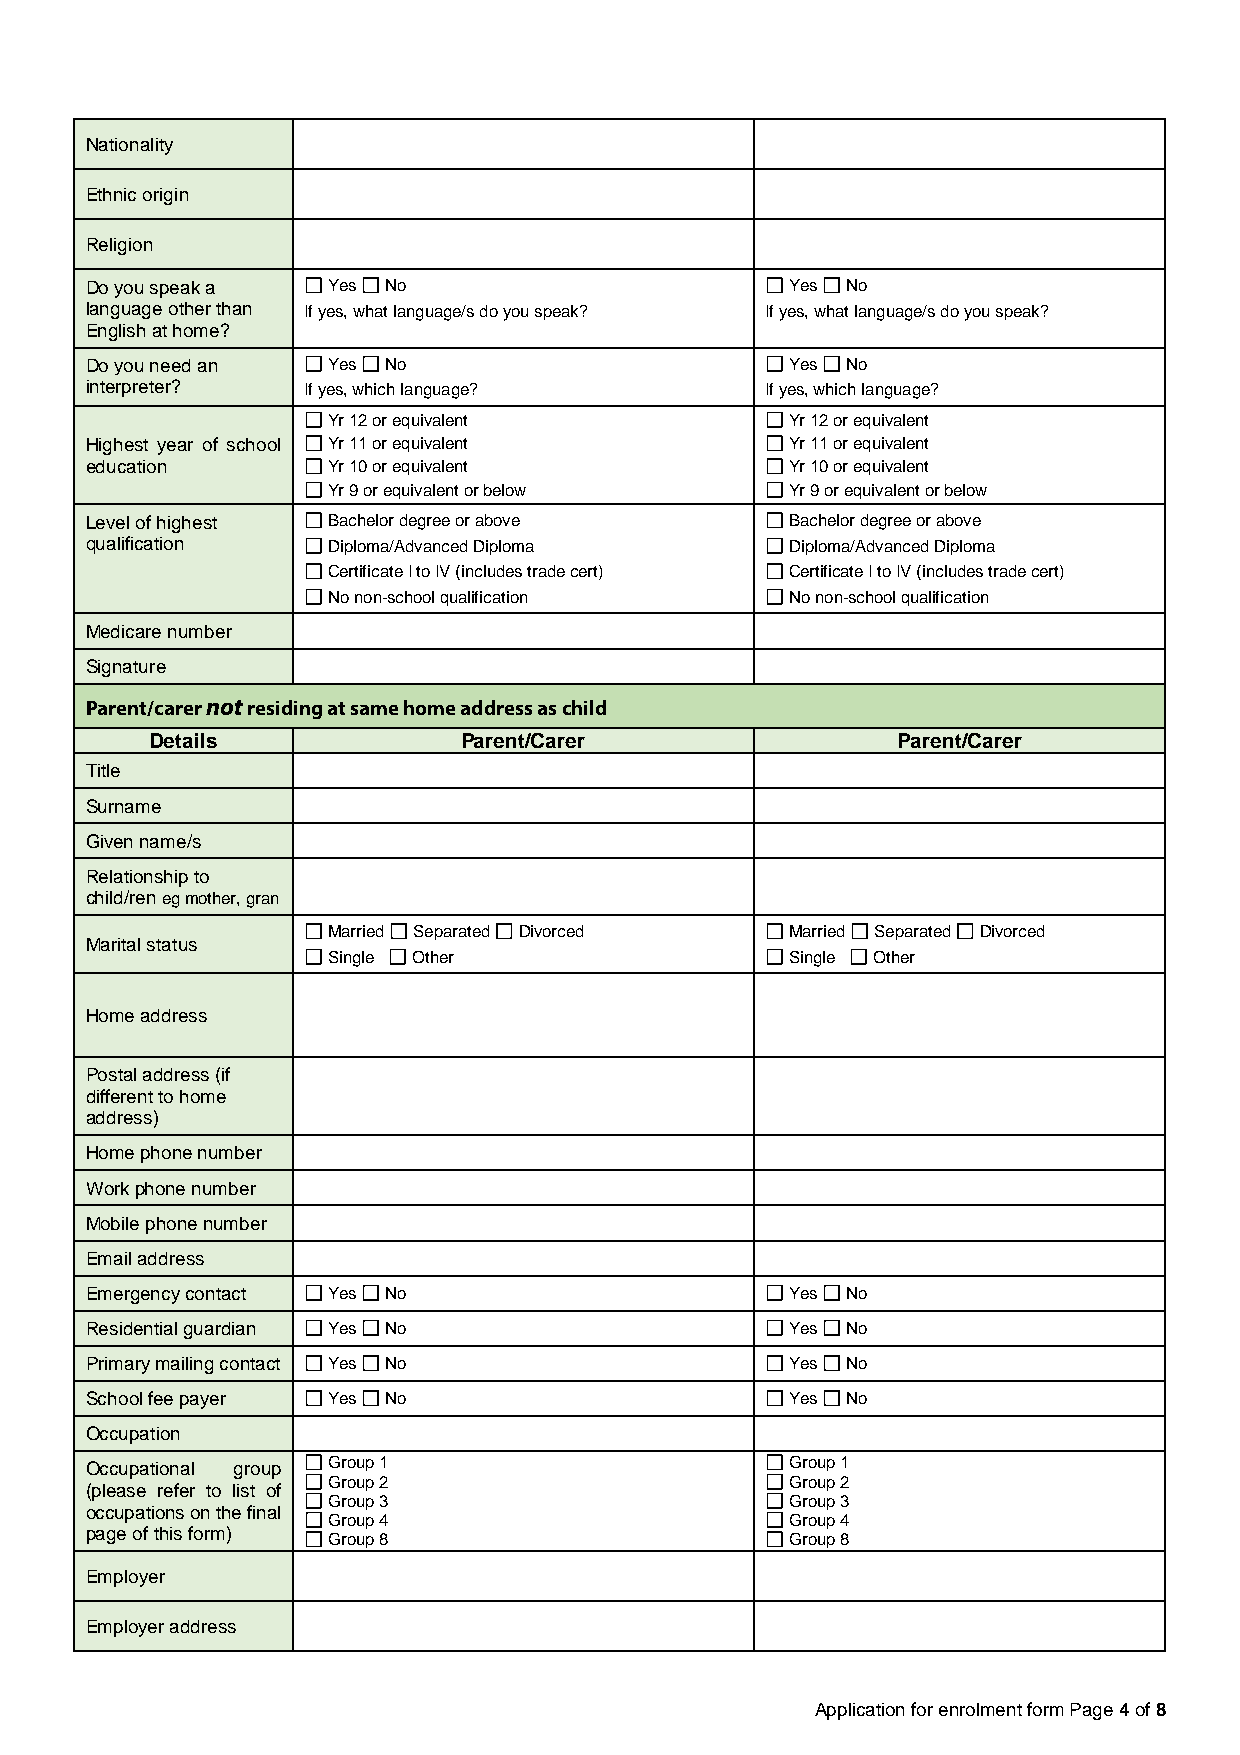
Nationality
 Ethnic origin
 Religion
 Do you speak a  Yes No                        Yes No
 language other than If yes, what language/s do you speak? If yes, what language/s do you speak?
 English at home?
 Do you need an  Yes No                        Yes No
 interpreter?  If yes, which language?        If yes, which language?
 Yr 12 or equivalent           Yr 12 or equivalent
 Highest year of school Yr 11 or equivalent    Yr 11 or equivalent
 education       Yr 10 or equivalent           Yr 10 or equivalent
 Yr 9 or equivalent or below   Yr 9 or equivalent or below
 Level of highest Bachelor degree or above     Bachelor degree or above
 qualification   Diploma/Advanced Diploma      Diploma/Advanced Diploma
 Certificate I to IV (includes trade cert) Certificate I to IV (includes trade cert)
 No non-school qualification   No non-school qualification
 Medicare number
 Signature
 Parent/carer not residing at same home address as child
 Details             Parent/Carer                 Parent/Carer
 Title
 Surname
 Given name/s
 Relationship to
 child/ren eg mother, gran
 Married Separated Divorced    Married Separated Divorced
 Marital status
 Single Other                  Single Other
 Home address
 Postal address (if
 different to home
 address)
 Home phone number
 Work phone number
 Mobile phone number
 Email address
 Emergency contact Yes No                      Yes No
 Residential guardian Yes No                   Yes No
 Primary mailing contact Yes No                Yes No
 School fee payer Yes No                       Yes No
 Occupation
 Occupational group Group 1                    Group 1
 Group 2                       Group 2
 (please refer to list of
 Group 3                       Group 3
 occupations on the final
 Group 4                       Group 4
 page of this form)
 Group 8                       Group 8
 Employer
 Employer address
 Application for enrolment form Page 4 of 8